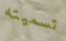
تسميته